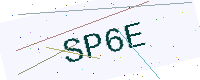
Text: SP6E